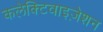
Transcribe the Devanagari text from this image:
कलेक्टिवाइज़ेशन